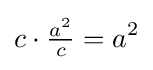
c\cdot {\tfrac {a^{2}}{c}}=a^{2}